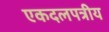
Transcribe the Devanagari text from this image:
एकदलपत्रीय